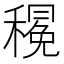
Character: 𮃦